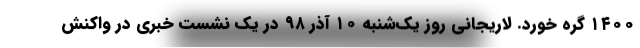
۱۴۰۰ گره خورد. لاریجانی روز یک‌شنبه ۱۰ آذر ۹۸ در یک نشست خبری در واکنش